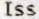
ISS